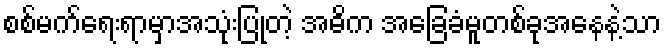
စစ်မက်ရေးရာမှာအသုံးပြုတဲ့ အဓိက အခြေခံမူတစ်ခုအနေနဲ့သာ